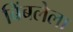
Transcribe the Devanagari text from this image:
बिंबलेला